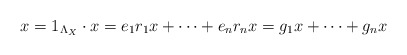
\begin{align*}x = 1_{\Lambda_{X}} \cdot x= e_{1}r_{1} x + \cdots + e_{n}r_{n} x= g_{1} x + \cdots + g_{n} x\end{align*}